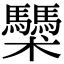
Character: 𩧌